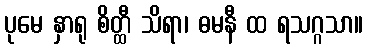
ပုမေ နှာရု စိတ္ထီ သိရာ၊ ဓမနီ ထ ရသဂ္ဂသာ။